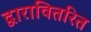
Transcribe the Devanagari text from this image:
द्वारावितरित